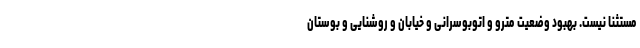
مستثنا نیست. بهبود وضعیت مترو و اتوبوسرانی و خیابان و روشنایی و بوستان